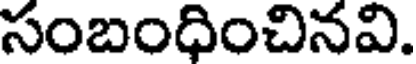
సంబంధించినవి.